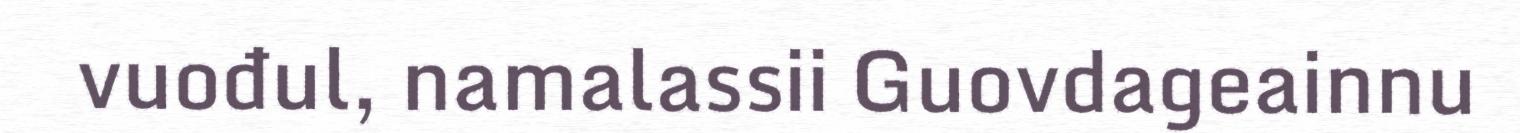
vuođul, namalassii Guovdageainnu